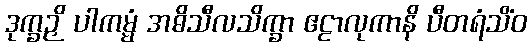
ဒုက္ခဉှိ ပါကမ္မံ အဓိသီလသိက္ခာ ဧဠာလုကာနိ ပီတရံသိံဝ